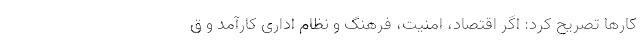
کارها تصریح کرد: اگر اقتصاد، امنیت، فرهنگ و نظام اداری کارآمد و ق